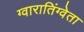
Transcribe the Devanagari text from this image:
ग्वारातिंग्वेता